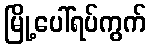
မြို့ပေါ်ရပ်ကွက်